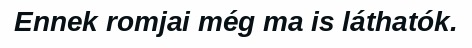
Ennek romjai még ma is láthatók.